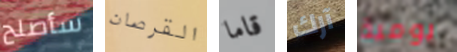
سأصلح القرصان قاما آرك يومية